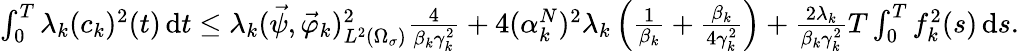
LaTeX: \begin{array}{r}{\int_{0}^{T}\lambda_{k}(c_{k})^{2}(t)\, \mathrm dt\leq\lambda_{k}(\vec{\psi},\vec{\varphi}_{k})_{L^{2}(\Omega_{\sigma})}^{2}\frac{4}{\beta_{k}\gamma_{k}^{2}}+4(\alpha_{k}^{N})^{2}\lambda_{k}\left(\frac{1}{\beta_{k}}+\frac{\beta_{k}}{4\gamma_{k}^{2}}\right)+\frac{2\lambda_{k}}{\beta_{k}\gamma_{k}^{2}}T\int_{0}^{T}f_{k}^{2}(s)\, \mathrm ds.}\end{array}